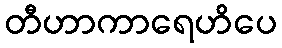
တီဟာကာရေဟိပေ